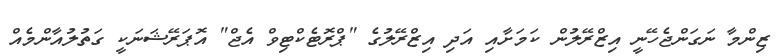
ޒިންމާ ނަގަންޖެހޭނީ އިޒްރޭލުން ކަމަށާއި އަދި އިޒްރޭލުގެ "ޕްރޮޓެކްޓިވް އެޖް" އޮޕަރޭޝަނަކީ ގަތުލުއާންމެއް